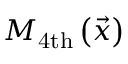
M _ { \mathrm { 4 t h } } \left( \vec { x } \right)